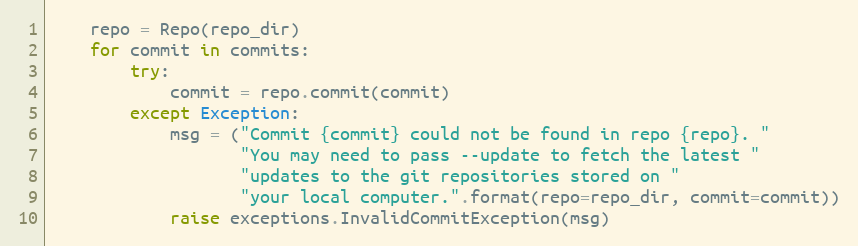
Language: Python
    repo = Repo(repo_dir)
    for commit in commits:
        try:
            commit = repo.commit(commit)
        except Exception:
            msg = ("Commit {commit} could not be found in repo {repo}. "
                   "You may need to pass --update to fetch the latest "
                   "updates to the git repositories stored on "
                   "your local computer.".format(repo=repo_dir, commit=commit))
            raise exceptions.InvalidCommitException(msg)